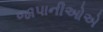
જાપાનીઓએ